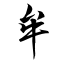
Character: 牟